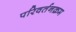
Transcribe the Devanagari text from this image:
परिवर्तनक्रम